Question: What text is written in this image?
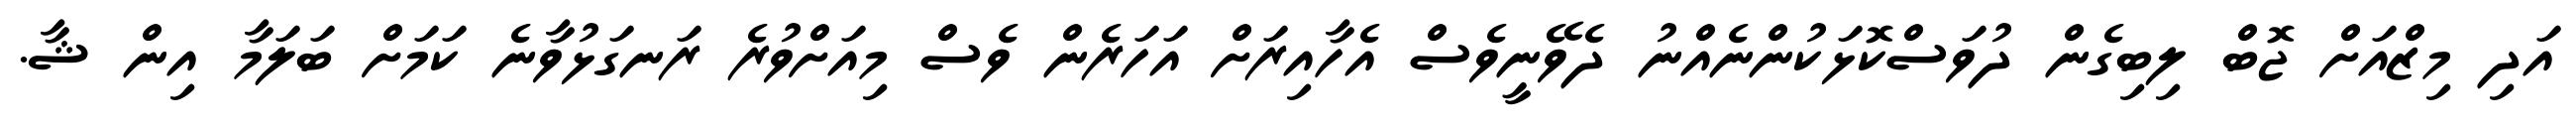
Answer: އަދި މިޒްއަށް ޖޮބް ލިބިގެން ދުވަސްކޮޅަކުންނެއްނު ދެވޭނީވެސް އެހާއިރަށް އަހަރެން ވެސް މިއަށްވުރެ ރަނގަޅުވާނެ ކަމަށް ބަލަމާ އިން ޝާ.